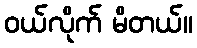
ဝယ်လိုက် မိတယ်။